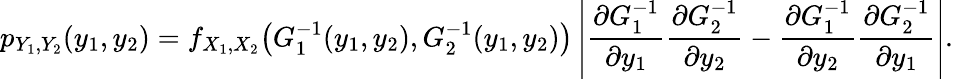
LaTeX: p_{Y_{1},Y_{2}}(y_{1},y_{2})=f_{X_{1},X_{2}}{\big(}G_{1}^{-1}(y_{1},y_{2}),G_{2}^{-1}(y_{1},y_{2}){\big)}\left\vert{\frac{\partial G_{1}^{-1}}{\partial y_{1}}}{\frac{\partial G_{2}^{-1}}{\partial y_{2}}}-{\frac{\partial G_{1}^{-1}}{\partial y_{2}}}{\frac{\partial G_{2}^{-1}}{\partial y_{1}}}\right\vert.